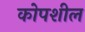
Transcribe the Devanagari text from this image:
कोपशील